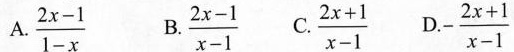
A.$$\frac { 2 x - 1 } { 1 - x }$$ B.$$\frac { 2 x - 1 } { x - 1 }$$ C. $$ \frac { 2 x + 1 } { x - 1 }$$ D.-$$\frac { 2 x + 1 } { x - 1 }$$